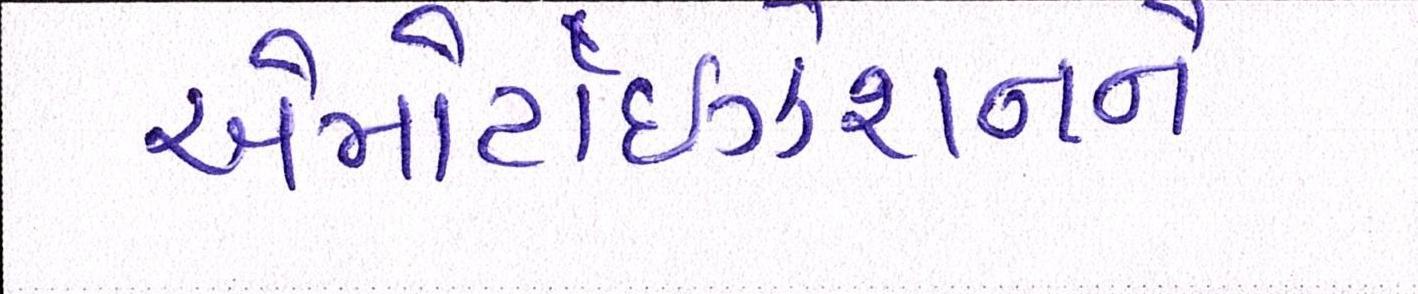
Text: એમોર્ટાઇઝેશનને